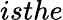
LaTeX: isthe